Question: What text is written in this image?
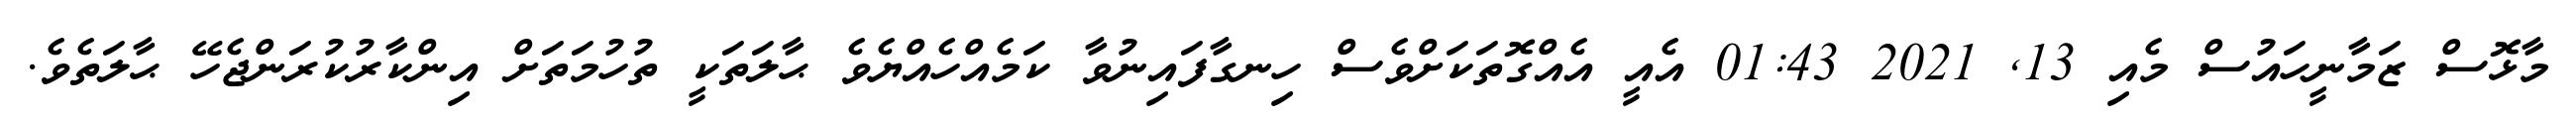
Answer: މާޅޮސް ޒަމާނީހައުސް މެއި 13, 2021 01:43 އެއީ އެއްގޮތަކަށްވެސް ހިނގާފައިނުވާ ކަމެއްހެއްޔެވެ ޙާލަތަކީ ތުހުމަތަށް އިންކާރުކުރަންޖެހޭ ޙާލަތެވެ.